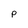
Character: p